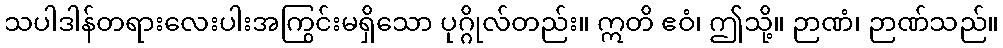
သပါဒါန်တရားလေးပါးအကြွင်းမရှိသော ပုဂ္ဂိုလ်တည်း။ ဣတိ ဧဝံ၊ ဤသို့။ ဉာဏံ၊ ဉာဏ်သည်။